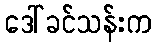
ဒေါ်ခင်သန်းက